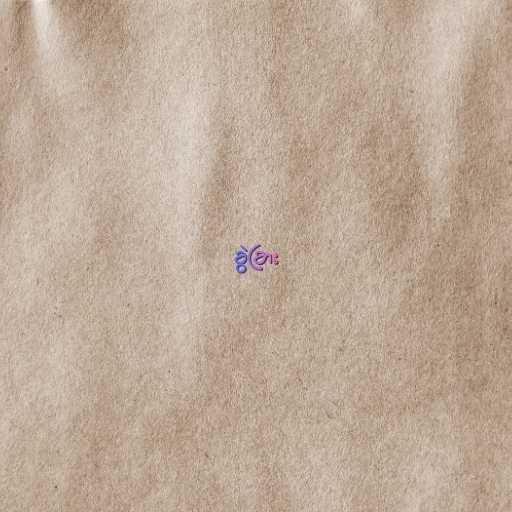
ခွဲခြား